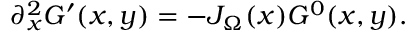
\partial _ { x } ^ { 2 } G ^ { \prime } ( x , y ) = - J _ { \Omega } ( x ) G ^ { 0 } ( x , y ) .